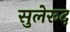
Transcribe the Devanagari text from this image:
सुलेरूद